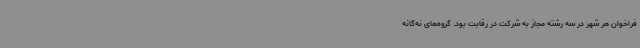
فراخوان هر شهر در سه رشته مجاز به شرکت در رقابت بود. گروه‌های نه‌گانه